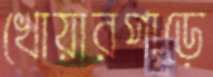
খোয়ারপাড়ে